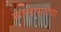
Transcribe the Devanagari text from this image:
मंगलोत्सवाचा